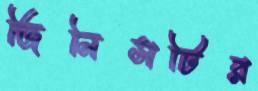
জিনিসটির